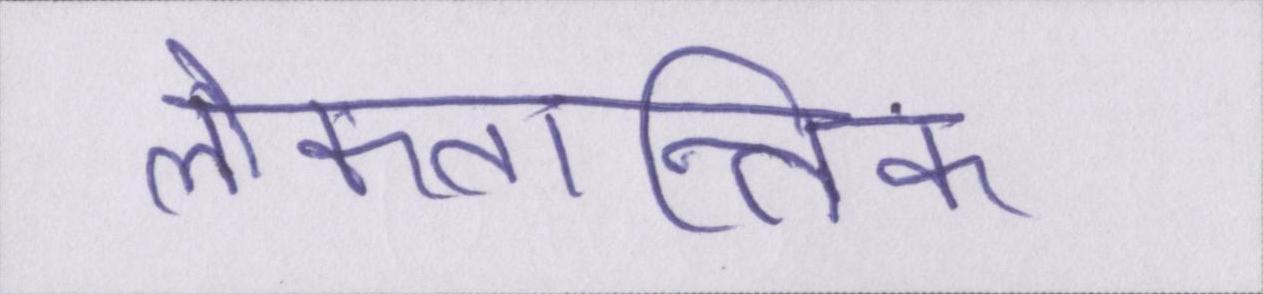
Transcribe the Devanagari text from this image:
लोकतान्त्रिक